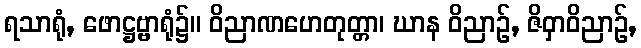
ရသာရုံ, ဖောဋ္ဌဗ္ဗာရုံ၌။ ဝိညာဏဟေတုတ္တာ၊ ဃာန ဝိညာဉ်, ဇိဝှာဝိညာဉ်,